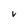
Character: v